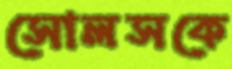
সোলসকে